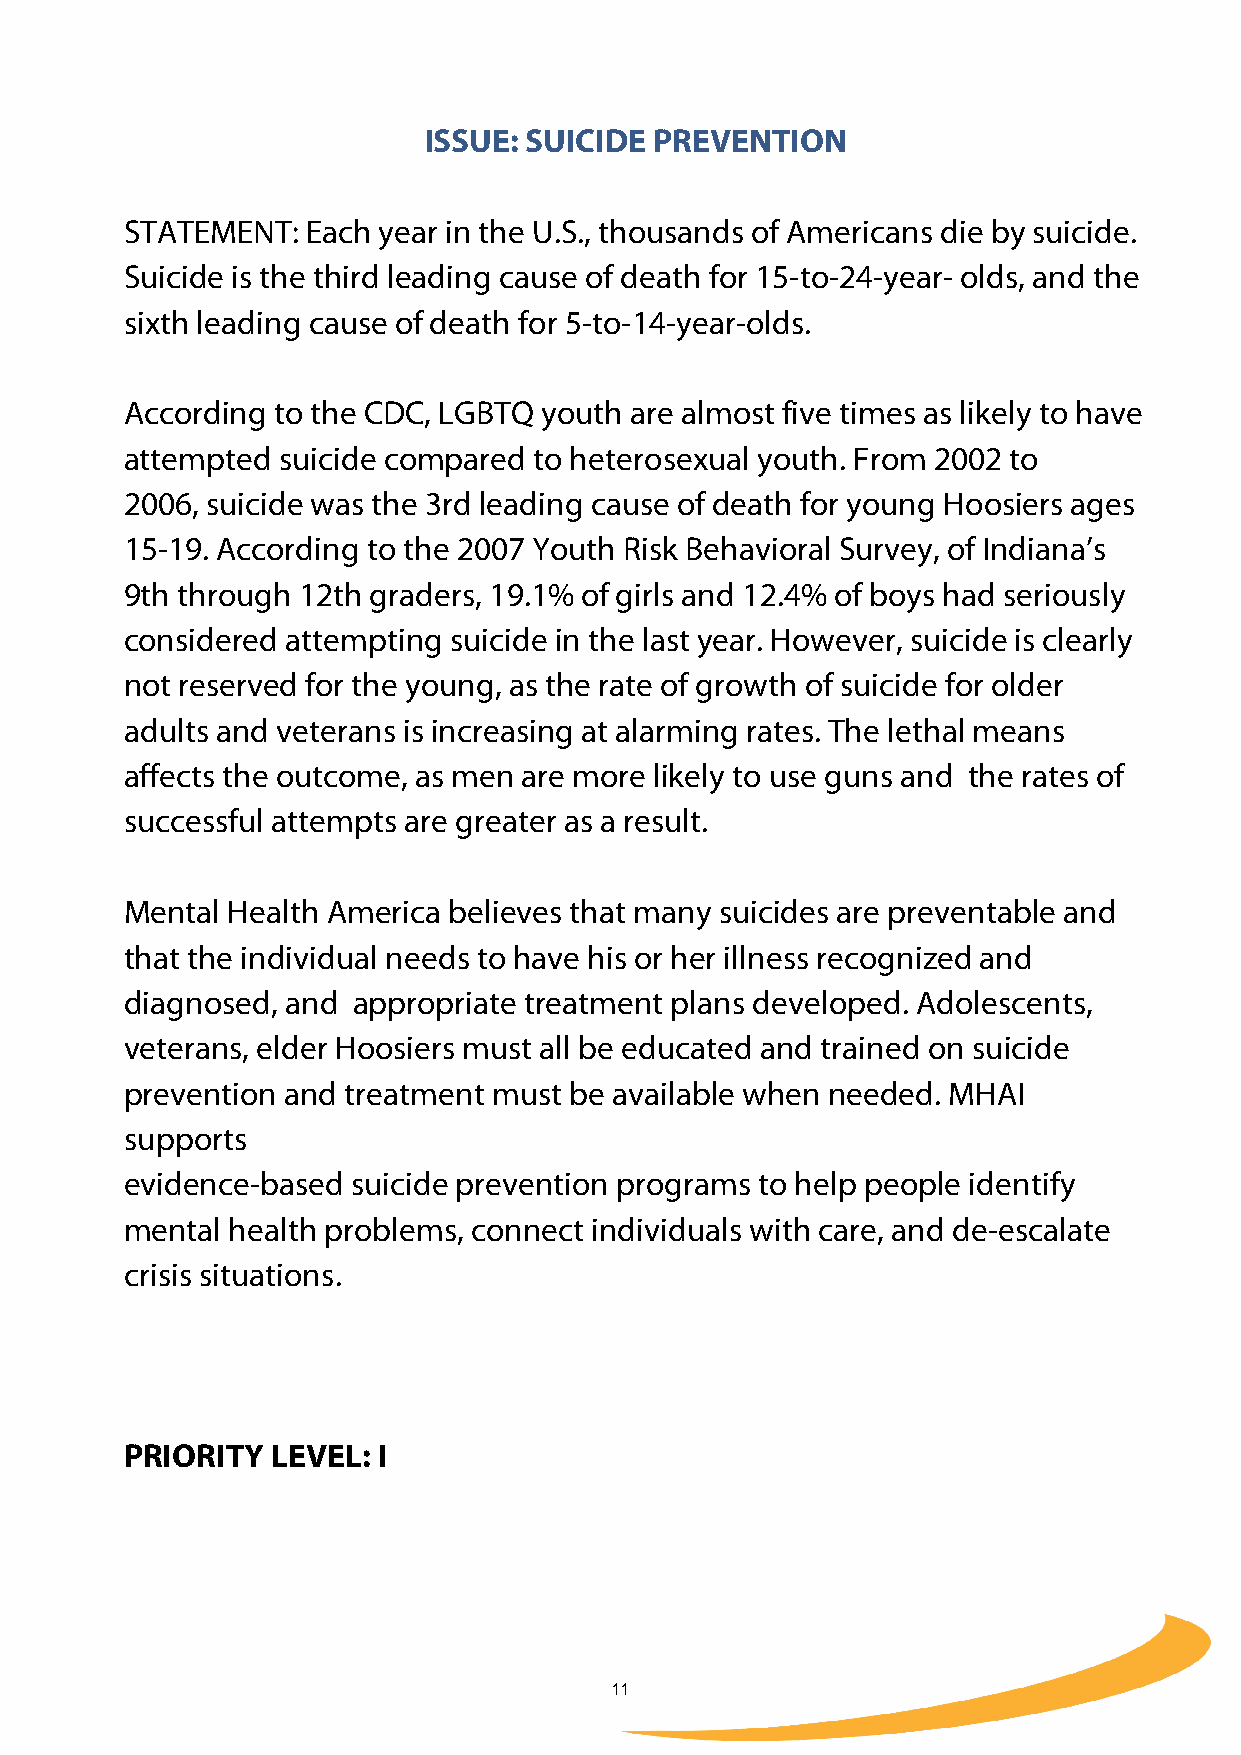
ISSUE: SUICIDE PREVENTION
 STATEMENT:  Each year in the U.S., thousands of Americans die by suicide.
 Suicide is the third leading cause of death for 15-to-24-year- olds, and the
 sixth leading cause of death for 5-to-14-year-olds.
 According to the CDC, LGBTQ youth are almost five times as likely to have
 attempted  suicide compared to heterosexual youth. From 2002 to
 2006, suicide was the 3rd leading cause of death for young Hoosiers ages
 15-19. According to the 2007 Youth Risk Behavioral Survey, of Indiana’s
 9th through 12th graders, 19.1% of girls and 12.4% of boys had seriously
 considered attempting suicide in the last year. However, suicide is clearly
 not reserved for the young, as the rate of growth of suicide for older
 adults and veterans is increasing at alarming rates. The lethal means
 affects the outcome, as men are more likely to use guns and the rates of
 successful attempts are greater as a result.
 Mental Health America believes that many suicides are preventable and
 that the individual needs to have his or her illness recognized and
 diagnosed, and appropriate treatment plans developed. Adolescents,
 veterans, elder Hoosiers must all be educated and trained on suicide
 prevention and treatment must be available when needed. MHAI
 supports
 evidence-based suicide prevention programs to help people identify
 mental health problems, connect individuals with care, and de-escalate
 crisis situations.
 PRIORITY  LEVEL: I
 11